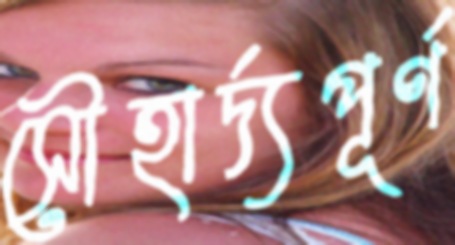
সৌহার্দ্যপূর্ণ